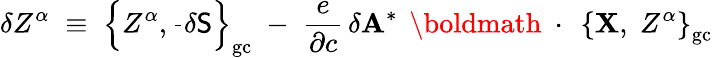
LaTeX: \delta Z^{\alpha}\; \equiv\; \left\{ Z^{\alpha},\frac{}{}\delta{\sf S}\right\} _{\mathrm{gc}}\; -\; \frac{e}{\partial c}\, \delta{\mathbf A}^{*}\, \mathrm{~\boldmath~\cdot~}\, \left\{ {\mathbf X},\; Z^{\alpha}\right\} _{\mathrm{gc}}